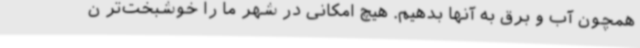
همچون آب و برق به آنها بدهیم. هیچ امکانی در شهر ما را خوشبخت‌تر ن